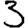
Digit: 3